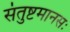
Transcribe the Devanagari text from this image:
संतुष्टमानसः